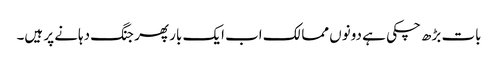
بات بڑھ چکی ہے دونوں ممالک اب ایک بار پھر جنگ دہانے پر ہیں۔